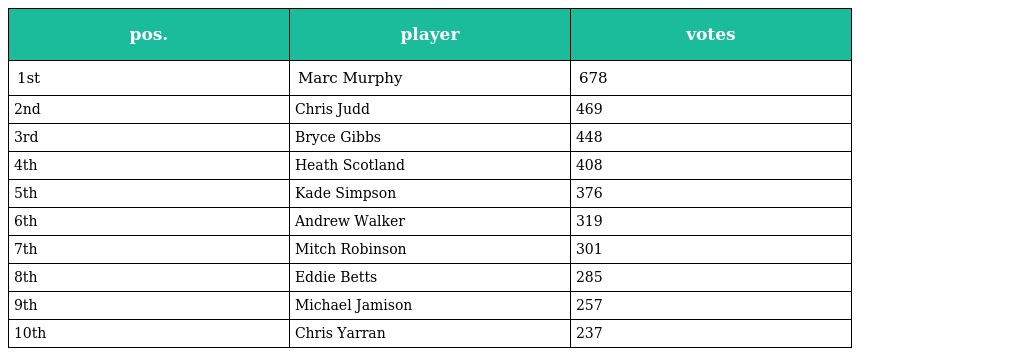
| pos. | player | votes |
 | --- | --- | --- |
 | 1st | Marc Murphy | 678 |
 | 2nd | Chris Judd | 469 |
 | 3rd | Bryce Gibbs | 448 |
 | 4th | Heath Scotland | 408 |
 | 5th | Kade Simpson | 376 |
 | 6th | Andrew Walker | 319 |
 | 7th | Mitch Robinson | 301 |
 | 8th | Eddie Betts | 285 |
 | 9th | Michael Jamison | 257 |
 | 10th | Chris Yarran | 237 |